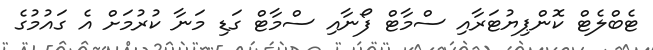
ޓެބްލެޓް ކޮންޕިޔުޓަރާއި ސްމާޓް ފޯނާއި ސްމާޓް ގަޑި މަނާ ކުރުމަށް އެ ގައުމުގެ